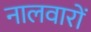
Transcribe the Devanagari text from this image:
नालवारों